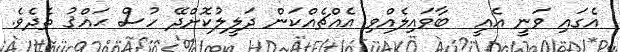
އެގައި ވަނީ އެއީ  ބާވައިލެއްވި އެއްޗެއްކަން ދަލީލުކޮށްދޭ ހުސް ޙައްޤު ތެދެވެ.